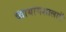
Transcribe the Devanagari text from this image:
व्यायामशालाऍ